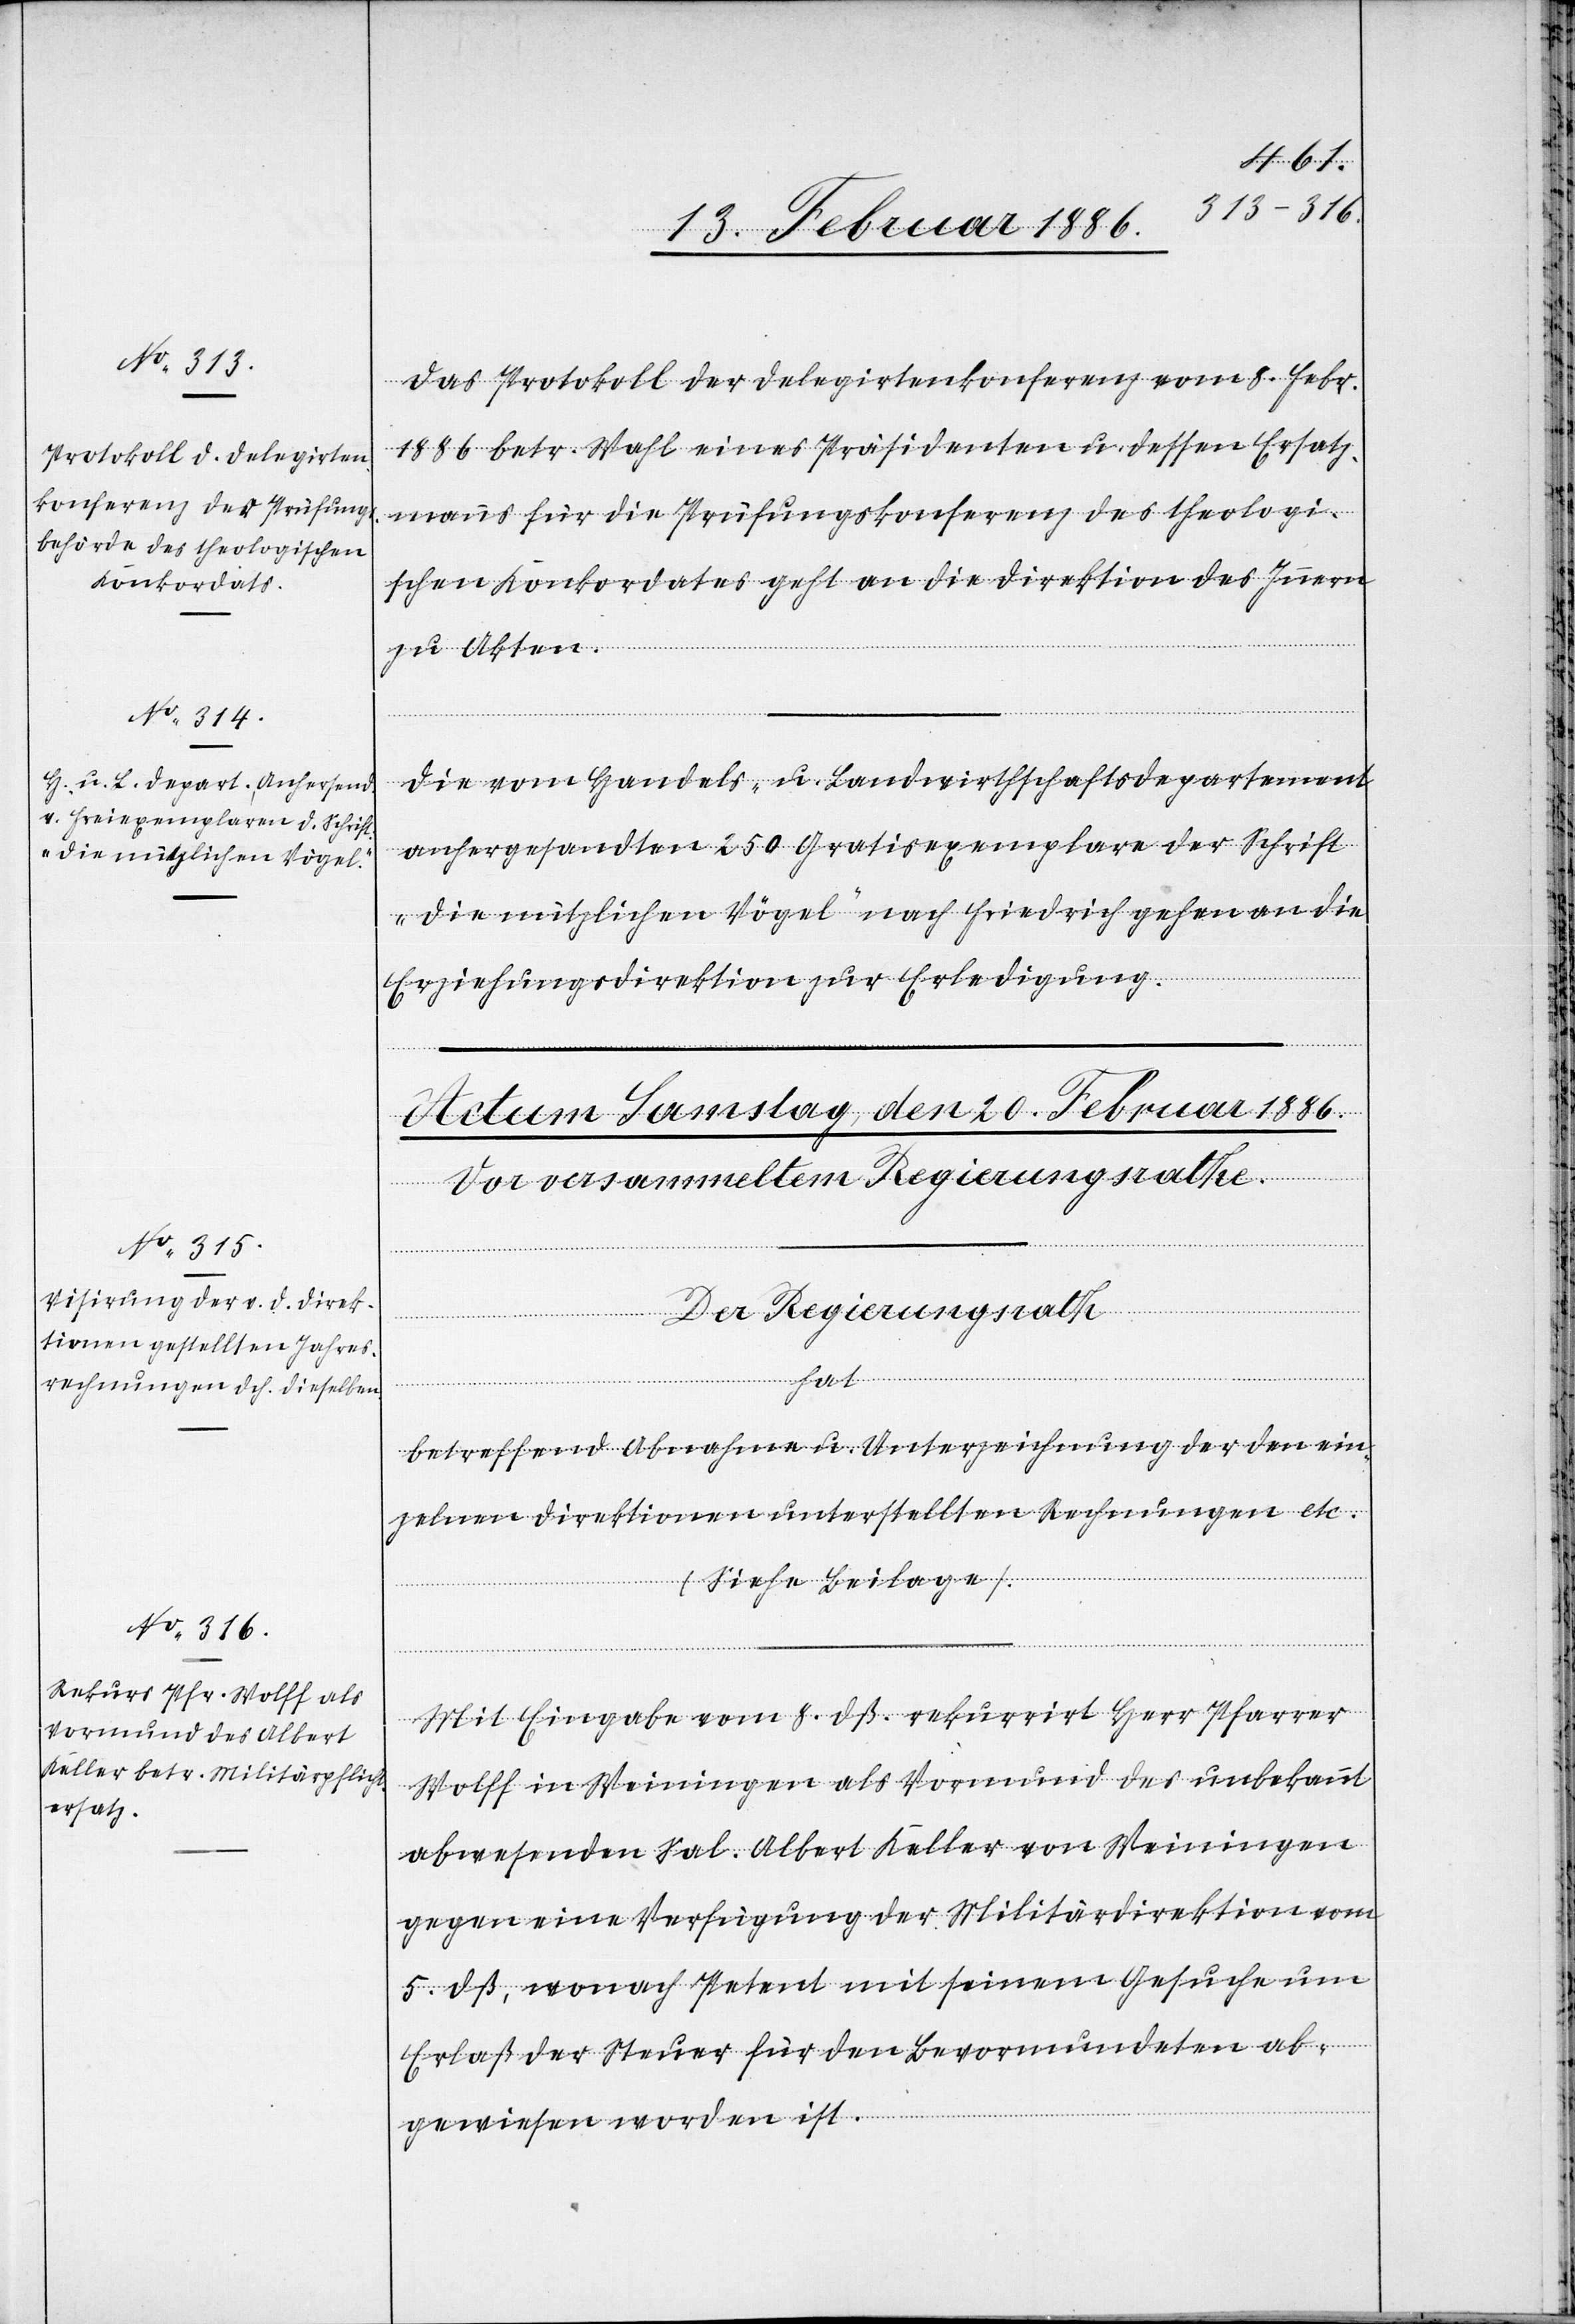
18. Februar 1886.]
Das Protokoll der Delegirtenkonferenz vom 8. Febr.
1886 betr. Wahl eines Präsidenten u. dessen Ersatz¬
manns für die Prüfungskonferenz des theologi¬
schen Konkordates geht an die Direktion des Innern
zu Akten.
Die vom Handels- u. Landwirthschaftsdepartement
anhergesandten 250 Gratisexemplare der Schrift
„Die nützlichen Vögel“ nach Friedrich gehen an die
Erziehungsdirektion zur Erledigung.
Mit Eingabe vom 8. dß. rekurrirt Herr Pfarrer
Wolff in Weiningen als Vormund des unbekannt
abwesenden Sal. Albert Keller von Weiningen
gegen eine Verfügung der Militärdirektion vom
5. dß., wonach Petent mit seinem Gesuche um
Erlaß der Steuer für den Bevormundeten ab¬
gewiesen worden ist.